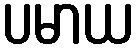
ပမာယ